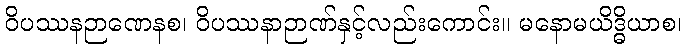
ဝိပဿနဉာဏေနစ၊ ဝိပဿနာဉာဏ်နှင့်လည်းကောင်း။ မနောမယိဒ္ဓိယာစ၊